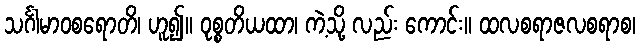
သင်္ဂါမာဝစရောတိ၊ ဟူ၍။ ဝုစ္စတိယထာ၊ ကဲ့သို့ လည်း ကောင်း။ ထလစရာဇလစရာစ၊